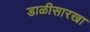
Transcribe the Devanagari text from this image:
डाळीसारखा